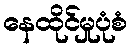
နေထိုင်မှုပုံစံ